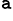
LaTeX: ^\mathtt{a}